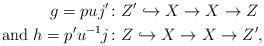
LaTeX: \begin{align*}g = p u j' &\colon Z' \hookrightarrow X \to X \to Z \\ \textrm{and } h = p' u^{-1} j &\colon Z \hookrightarrow X \to X \to Z' \textrm{, } \phantom{\textrm{ and}}\end{align*}